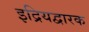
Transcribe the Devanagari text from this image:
इद्रियद्वारक